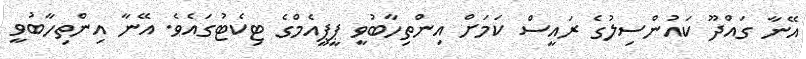
އޭނާ ގައްދޫ ކައުންސިލުގެ ރައީސް ކަމަށް އިންތިހާބުވީ ޕީޕީއެމްގެ ޓިކެޓުގައެވެ. އޭނާ އިންތިހާބުވީ